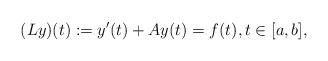
LaTeX: \begin{align*} (Ly)(t):= y'(t)+Ay(t)=f(t),t \in[a,b],\end{align*}